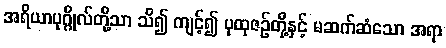
အရိယာပုဂ္ဂိုလ်တို့သာ သိ၍ ကျင့်၍ ပုထုဇဉ်တို့နှင့် မဆက်ဆံသော အရာ